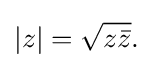
\left|z\right|={\sqrt {z{\bar {z}}}}.\;